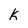
Character: k